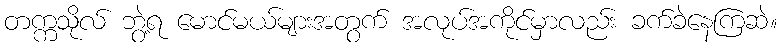
တက္ကသိုလ် ဘွဲ့ရ မောင်မယ်များအတွက် အလုပ်အကိုင်မှာလည်း ခက်ခဲနေကြဆဲ။